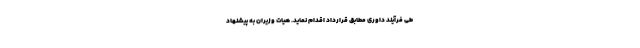
طی فرآیند داوری مطابق قرارداد اقدام نماید. هیات وزیران به پیشنهاد